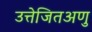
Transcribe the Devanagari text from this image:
उत्तेजितअणु